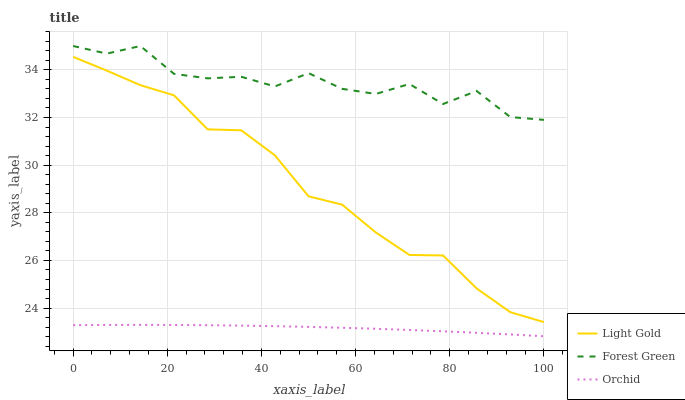
| xaxis_label | Light Gold | Forest Green | Orchid |
 | --- | --- | --- | --- |
 | 0 | 34.5 | 35 | 23.3 |
 | 7.14 | 34 | 34.7 | 23.3 |
 | 14.3 | 33.4 | 35 | 23.3 |
 | 21.4 | 32.9 | 33.8 | 23.3 |
 | 28.6 | 31.5 | 33.6 | 23.3 |
 | 35.7 | 31.5 | 33.7 | 23.3 |
 | 42.9 | 30.4 | 33.3 | 23.2 |
 | 50 | 28.7 | 33.9 | 23.2 |
 | 57.1 | 28.3 | 33.2 | 23.2 |
 | 64.3 | 27.2 | 33 | 23.1 |
 | 71.4 | 26.2 | 33.4 | 23.1 |
 | 78.6 | 26.2 | 32.6 | 23 |
 | 85.7 | 24.8 | 33.1 | 23 |
 | 92.9 | 23.8 | 32 | 22.9 |
 | 100 | 23.4 | 31.9 | 22.8 |